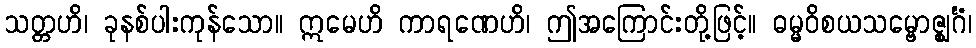
သတ္တဟိ၊ ခုနစ်ပါးကုန်သော။ ဣမေဟိ ကာရဏေဟိ၊ ဤအကြောင်းတို့ဖြင့်။ ဓမ္မဝိစယသမ္ဗောဇ္ဈင်္ဂံ၊